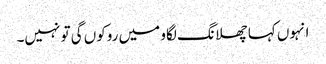
انہوں کہا چھلانگ لگاو میں روکوں گی تو نہیں۔